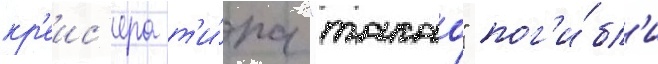
кр'еис'ера т'и́па "такао" пог'и́бл'и